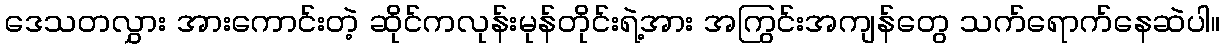
ဒေသတလွှား အားကောင်းတဲ့ ဆိုင်ကလုန်းမုန်တိုင်းရဲ့အား အကြွင်းအကျန်တွေ သက်ရောက်နေဆဲပါ။